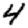
Digit: 4